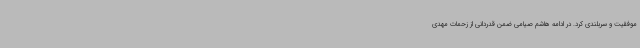
موفقیت و سربلندی کرد. در ادامه هاشم صیامی ضمن قدردانی از زحمات مهدی